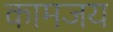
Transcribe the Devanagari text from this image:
कामजय